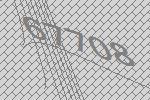
67708